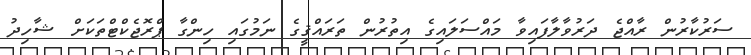
ސަރުކާރުން ރާއްޖެ ދަރުވާލާފައިވާ މައްސަލައިގެ އިތުރުން ތަރައްޤީގެ ނަމުގައި ހިންގާ ޕްރޮޖެކްޓްތަކަށް ޝާހިދު